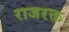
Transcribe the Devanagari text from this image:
राजरक्त